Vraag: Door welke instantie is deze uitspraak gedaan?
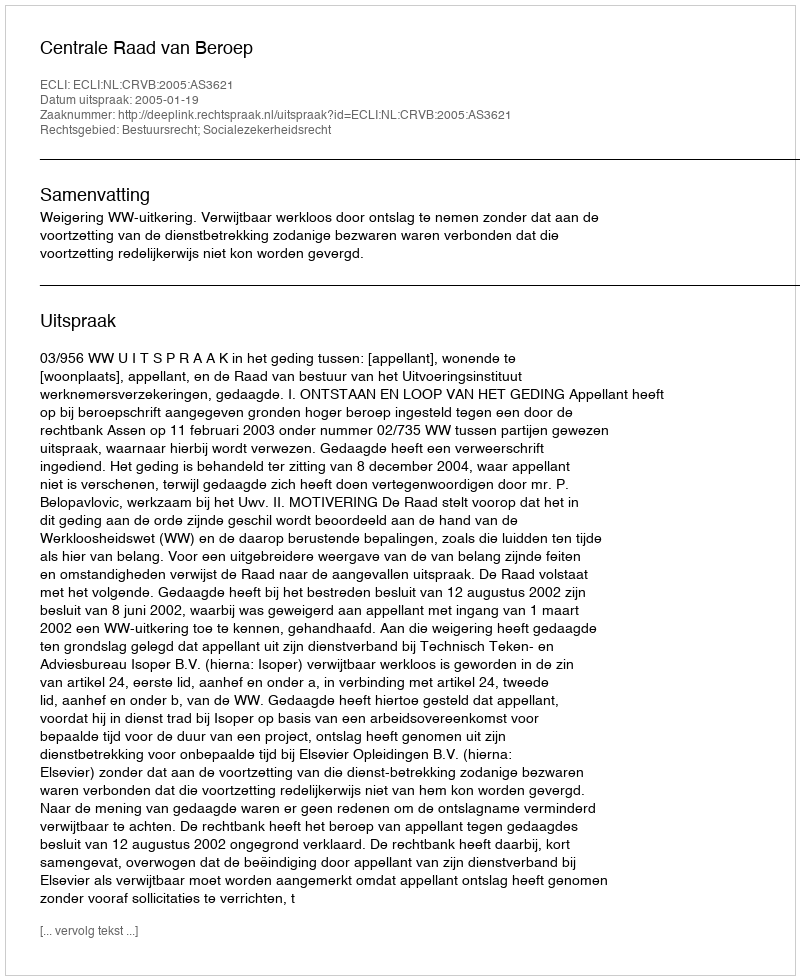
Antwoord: Centrale Raad van Beroep